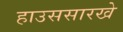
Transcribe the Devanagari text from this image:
हाउससारखे